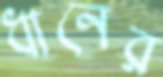
ধানের